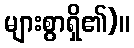
များစွာရှိ၏)။